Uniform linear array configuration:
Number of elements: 48
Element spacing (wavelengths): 0.75
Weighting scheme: uniform
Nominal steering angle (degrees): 30
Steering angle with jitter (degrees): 28.202
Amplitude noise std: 0.05
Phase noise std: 0.05

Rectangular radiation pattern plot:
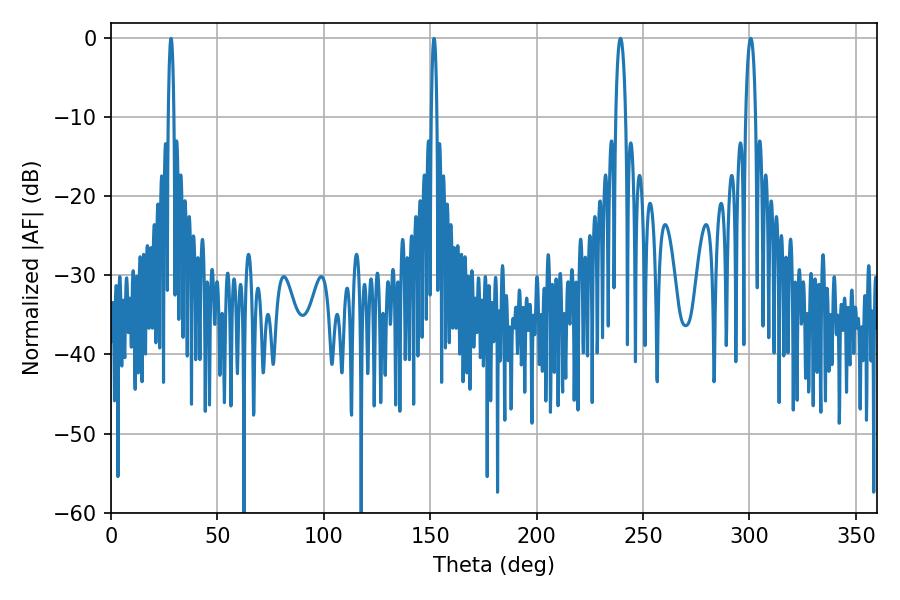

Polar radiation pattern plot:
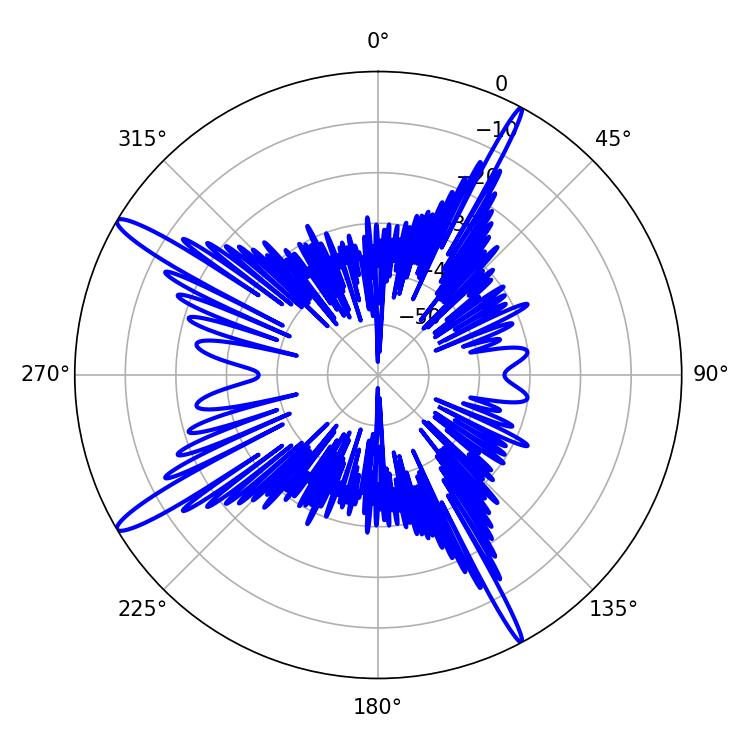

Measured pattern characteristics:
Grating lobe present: TRUE
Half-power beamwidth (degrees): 2.52
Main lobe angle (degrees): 300.6